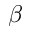
\beta